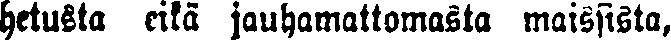
hetusta eikä jauhamattomasta maissista,